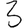
Digit: 3